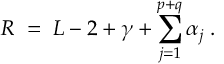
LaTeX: R \; = \; L - 2 + \gamma + \sum _ { j = 1 } ^ { p + q } \alpha _ { j } \; .